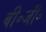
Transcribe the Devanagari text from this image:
बी॰जी॰